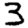
Digit: 3